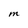
Character: m